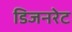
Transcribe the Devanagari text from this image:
डिजनरेट